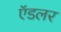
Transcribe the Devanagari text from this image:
ऍडलर